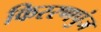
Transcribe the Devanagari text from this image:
किररणपुंज